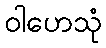
ဝါဟေသုံ